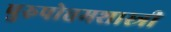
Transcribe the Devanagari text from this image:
पुरुषोत्तमशास्त्री